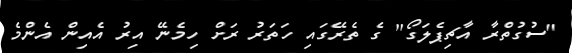
"ސުގުތްރާ އާޗިޕެލަގޯ" ގެ ތެރޭގައި ހަތަރު ރަށް ހިމެނޭ އިރު އެއިން އެންމެ